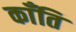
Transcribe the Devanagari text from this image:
काँति